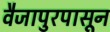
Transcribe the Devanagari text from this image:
वैजापुरपासून